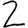
Digit: 2